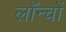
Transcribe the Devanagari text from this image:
लॉन्चों